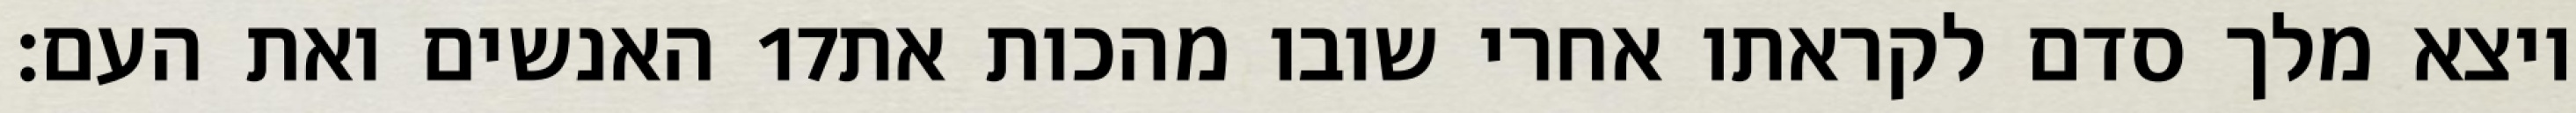
האנשים ואת העם׃ ‎17‏ ויצא מלך סדם לקראתו אחרי שובו מהכות את